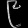
Digit: ၉